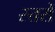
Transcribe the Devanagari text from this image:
स्त्तरों